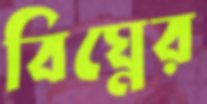
বিঘ্নের